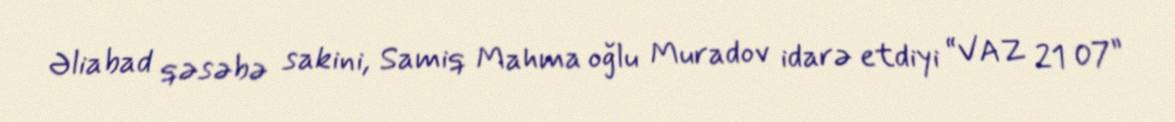
Əliabad qəsəbə sakini, Samiq Mahma oğlu Muradov idarə etdiyi “VAZ 21 07”